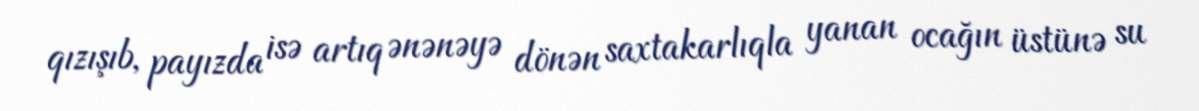
qızışıb, payızda isə artıq ənənəyə dönən saxtakarlıqla yanan ocağın üstünə su